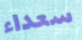
سعداء